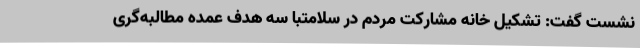
نشست گفت: تشکیل خانه مشارکت مردم در سلامتبا سه هدف عمده مطالبه‌گری